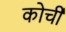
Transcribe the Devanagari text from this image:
कोर्ची